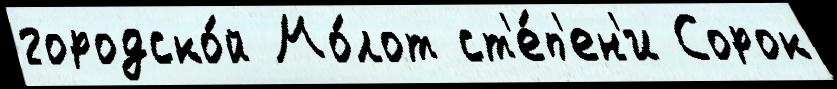
городско́й Мо́лот ст'е́п'ен'и Сорок